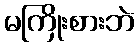
မကြိုးစားဘဲ